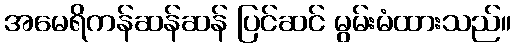
အမေရိကန်ဆန်ဆန် ပြင်ဆင် မွမ်းမံထားသည်။